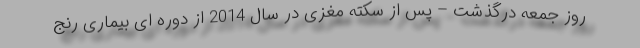
روز جمعه درگذشت – پس از سکته مغزی در سال 2014 از دوره ای بیماری رنج